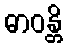
ဓာဝန္တိ